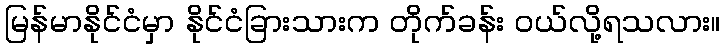
မြန်မာနိုင်ငံမှာ နိုင်ငံခြားသားက တိုက်ခန်း ဝယ်လို့ရသလား။